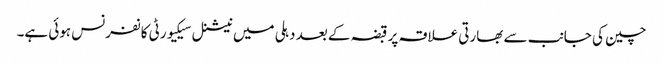
چین کی جانب سے بھارتی علاقہ پر قبضہ کے بعد دہلی میں نیشنل سیکیورٹی کانفرنس ہوئی ہے۔